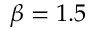
\beta = 1 . 5